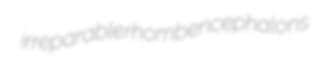
irreparable rhombencephalons